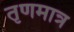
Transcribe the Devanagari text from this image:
तृणमात्र